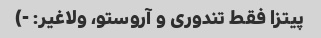
پیتزا فقط تندوری و آروستو، ولاغیر: -)